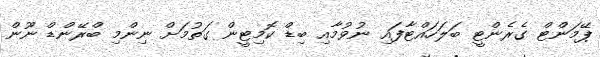
ޕޭމަންޓް ގެރެންޓީ ބަލަހައްޓާފައި ނުވުމާއި ބިޑް ކޮމިޓީން ގަތުމަށް ނިންމި ބްރޭންޑް ނޫން